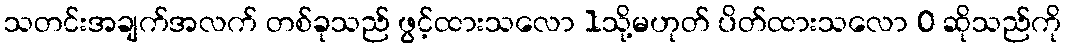
သတင်းအချက်အလက် တစ်ခုသည် ဖွင့်ထားသလော 1သို့မဟုတ် ပိတ်ထားသလော 0 ဆိုသည်ကို